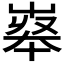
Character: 𡴝